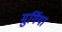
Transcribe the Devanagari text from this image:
मुर्गिया